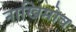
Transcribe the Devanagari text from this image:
नाखिमोव